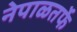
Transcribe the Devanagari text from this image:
नेपाळतर्फे